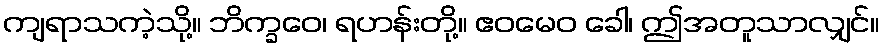
ကျရာသကဲ့သို့။ ဘိက္ခဝေ၊ ရဟန်းတို့။ ဧဝမေဝ ခေါ၊ ဤအတူသာလျှင်။